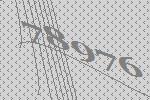
78976